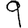
Digit: 9